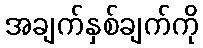
အချက်နှစ်ချက်ကို